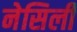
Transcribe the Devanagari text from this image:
नेसिली